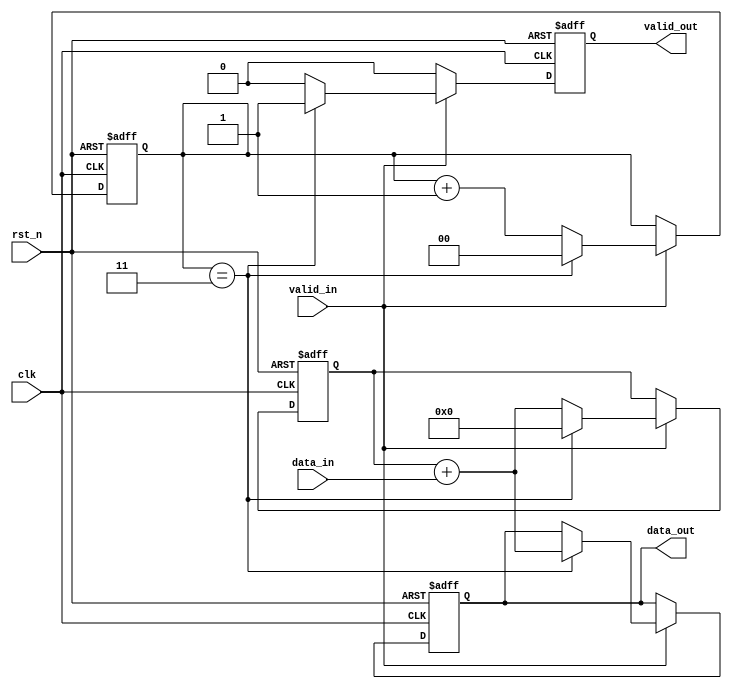
module accu (
    input clk,
    input rst_n,
    input [7:0] data_in,
    input valid_in,
    output reg valid_out,
    output reg [9:0] data_out
);

// Internal variables
reg [9:0] sum; // 10-bit sum to hold the accumulated value
reg [1:0] count; // Counter to count the number of valid inputs

always @(posedge clk or negedge rst_n) begin
    if (!rst_n) begin
        // Reset all registers when reset is active
        sum <= 10'd0;
        count <= 2'd0;
        data_out <= 10'd0;
        valid_out <= 1'b0;
    end else if (valid_in) begin
        // If valid_in is high, accumulate the data_in
        if (count == 3) begin
            // If already received 3 inputs, then this is the 4th one
            sum <= sum + data_in; // Add the current data to the sum
            data_out <= sum + data_in; // Update the data_out with the full sum
            valid_out <= 1'b1; // Set the valid_out high for one cycle
            count <= 2'd0; // Reset the count for the next set of inputs
            sum <= 10'd0; // Reset the sum for the next set of inputs
        end else begin
            // If count is less than 3, accumulate the sum
            sum <= sum + data_in; // Add the current data to the sum
            count <= count + 1'b1; // Increment the count
            valid_out <= 1'b0; // Make sure valid_out is low
        end
    end else begin
        // If valid_in is not high, do not accumulate and keep valid_out low
        valid_out <= 1'b0;
    end
end

endmodule